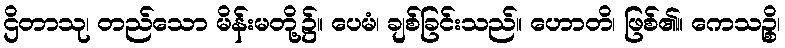
ဌိတာသု၊ တည်သော မိန်းမတို့၌။ ပေမံ၊ ချစ်ခြင်းသည်။ ဟောတိ၊ ဖြစ်၏။ ကေသဉ္စိ၊